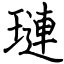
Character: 璉